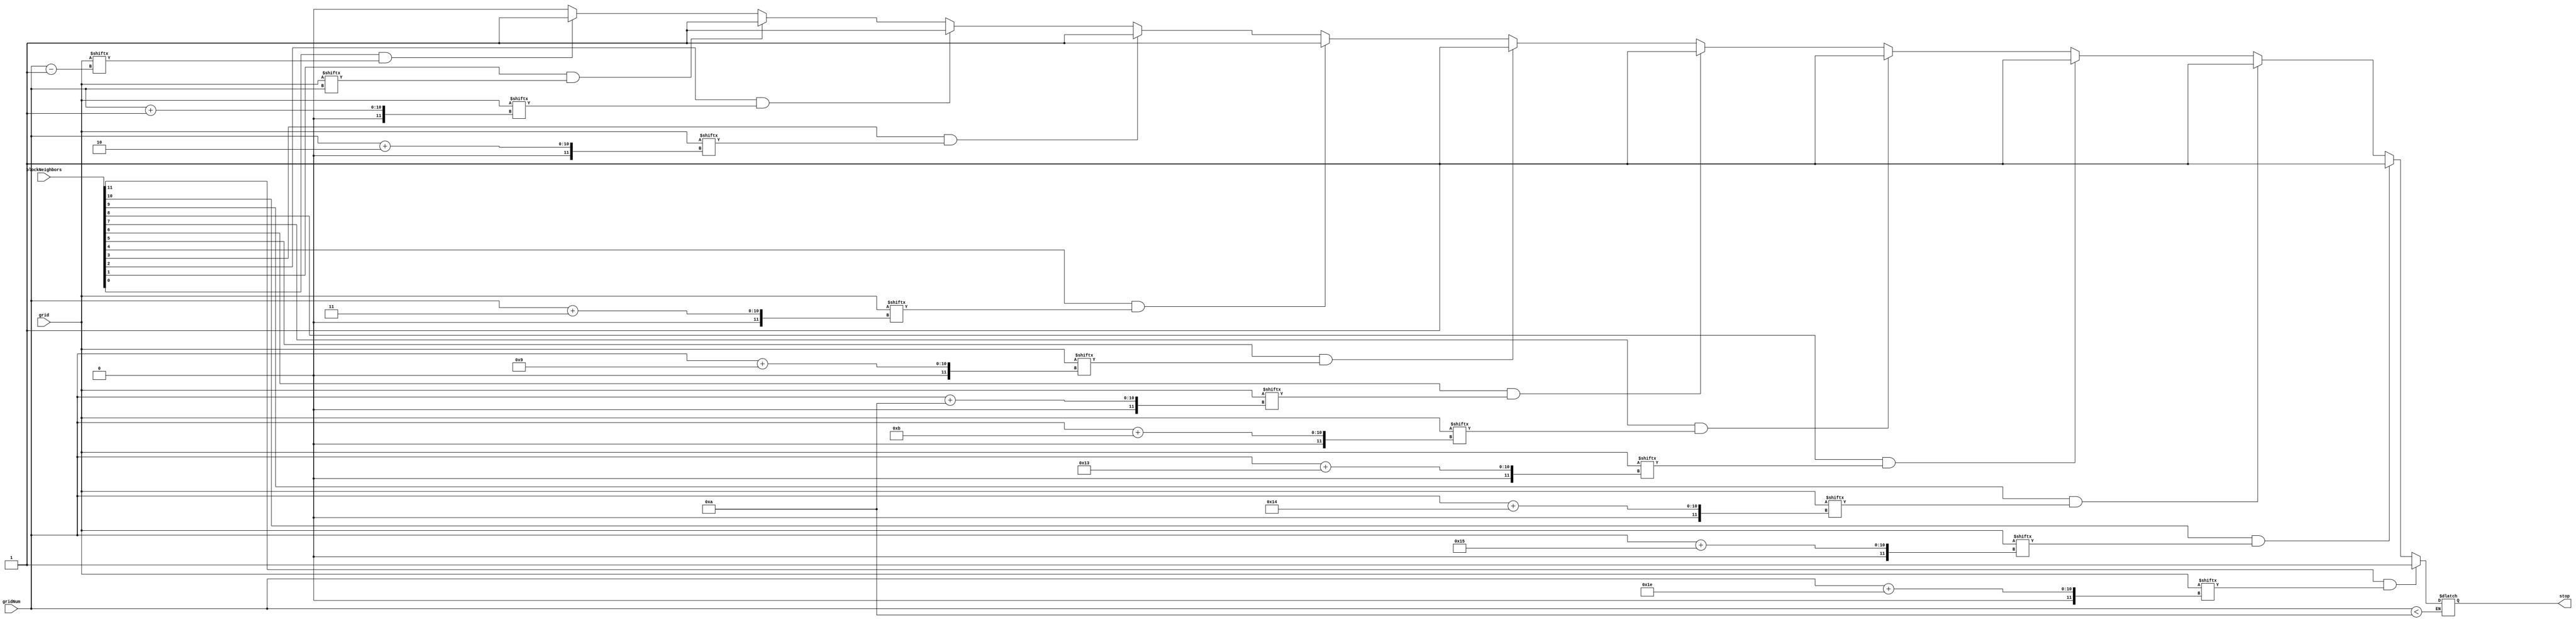
module game_over(
    input [11:0]  blockNeighbors,
    // input [9:0]   ref_x, ref_y,
    input  [9:0]  gridNum,
    input [299:0] grid,
    output reg stop
    );

    parameter size = 16;

    always@(*) begin
        if(gridNum < 10) begin
            if     (blockNeighbors[11] && grid[gridNum+30]) stop = 1;
            else if(blockNeighbors[10] && grid[gridNum+21]) stop = 1;
            else if(blockNeighbors[9]  && grid[gridNum+20]) stop = 1;
            else if(blockNeighbors[8]  && grid[gridNum+19]) stop = 1;
            else if(blockNeighbors[7]  && grid[gridNum+11]) stop = 1;
            else if(blockNeighbors[6]  && grid[gridNum+10]) stop = 1;
            else if(blockNeighbors[5]  && grid[gridNum+9])  stop = 1;
            else if(blockNeighbors[4]  && grid[gridNum+3])  stop = 1;
            else if(blockNeighbors[3]  && grid[gridNum+2])  stop = 1;
            else if(blockNeighbors[2]  && grid[gridNum+1])  stop = 1;
            else if(blockNeighbors[1]  && grid[gridNum])    stop = 1;
            else if(blockNeighbors[0]  && grid[gridNum-1])  stop = 1;
            else stop = 0;
        end
    end

endmodule